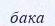
бака